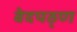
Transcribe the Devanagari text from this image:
वेदपठ्ण